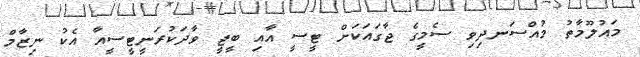
މައުލޫމާތު މުއްސަނދިވި ސެމީގެ ޖާގައަކަށް ޓީސީ އާއި ބީޖީ ވާދަކުރަނީޓީސީއާ އެކު ނިޒާމް